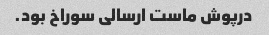
درپوش ماست ارسالی سوراخ بود.